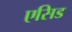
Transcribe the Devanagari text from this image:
एसिड